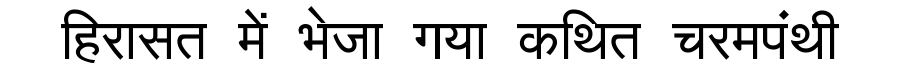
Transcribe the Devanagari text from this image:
हिरासत में भेजा गया कथित चरमपंथी